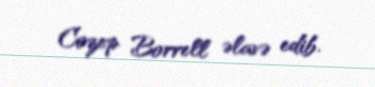
Cozep Borrell əlavə edib.